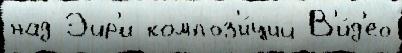
над Эйр'и композ'и́ций В'и́д'ео